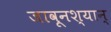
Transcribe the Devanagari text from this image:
जावूनश्यान्